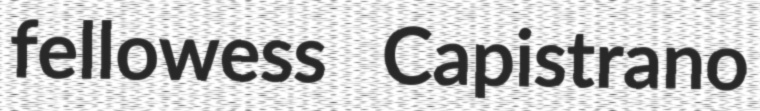
fellowess Capistrano